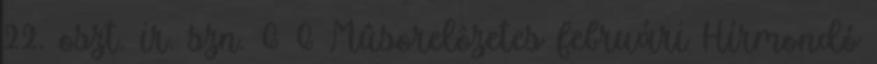
22. oszt. ir. szn. 6 6 Mûsorelôzetes februári Hírmondó